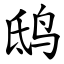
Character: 鸱